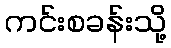
ကင်းစခန်းသို့